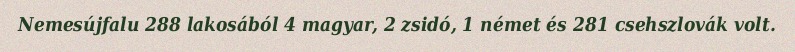
Nemesújfalu 288 lakosából 4 magyar, 2 zsidó, 1 német és 281 csehszlovák volt.